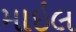
માઇલ